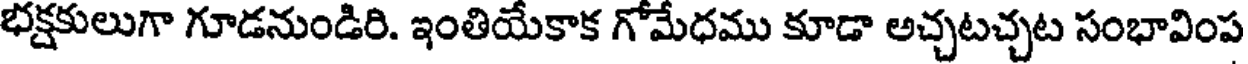
భక్షకులుగా గూడనుండిరి. ఇంతియేకాక గోమేధము కూడా అచ్చటచ్చట సంభావింప